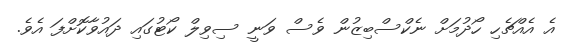
އެ އެއްޗެހި ހޯދުމަށް ނެކްސްބިޒުން ވެސް ވަނީ ސިވިލް ކޯޓުގައި ދައުވާކޮށްފަ އެވެ.